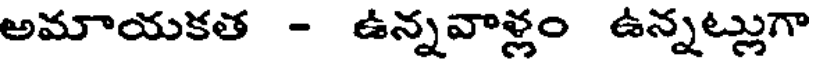
అమాయకత - ఉన్నవాళ్లం ఉన్నట్లుగా